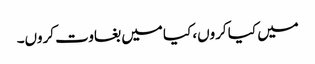
میں کیا کروں، کیا میں بغاوت کروں۔